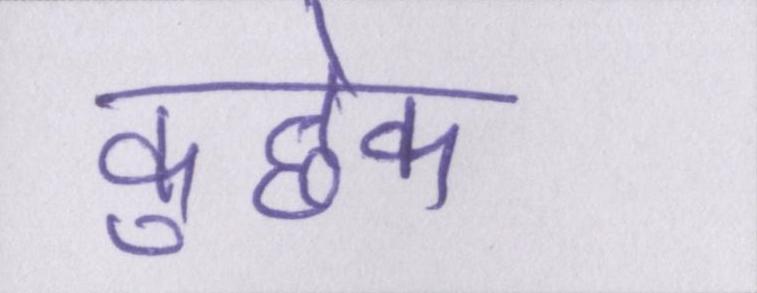
कुछेक